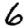
Digit: 6